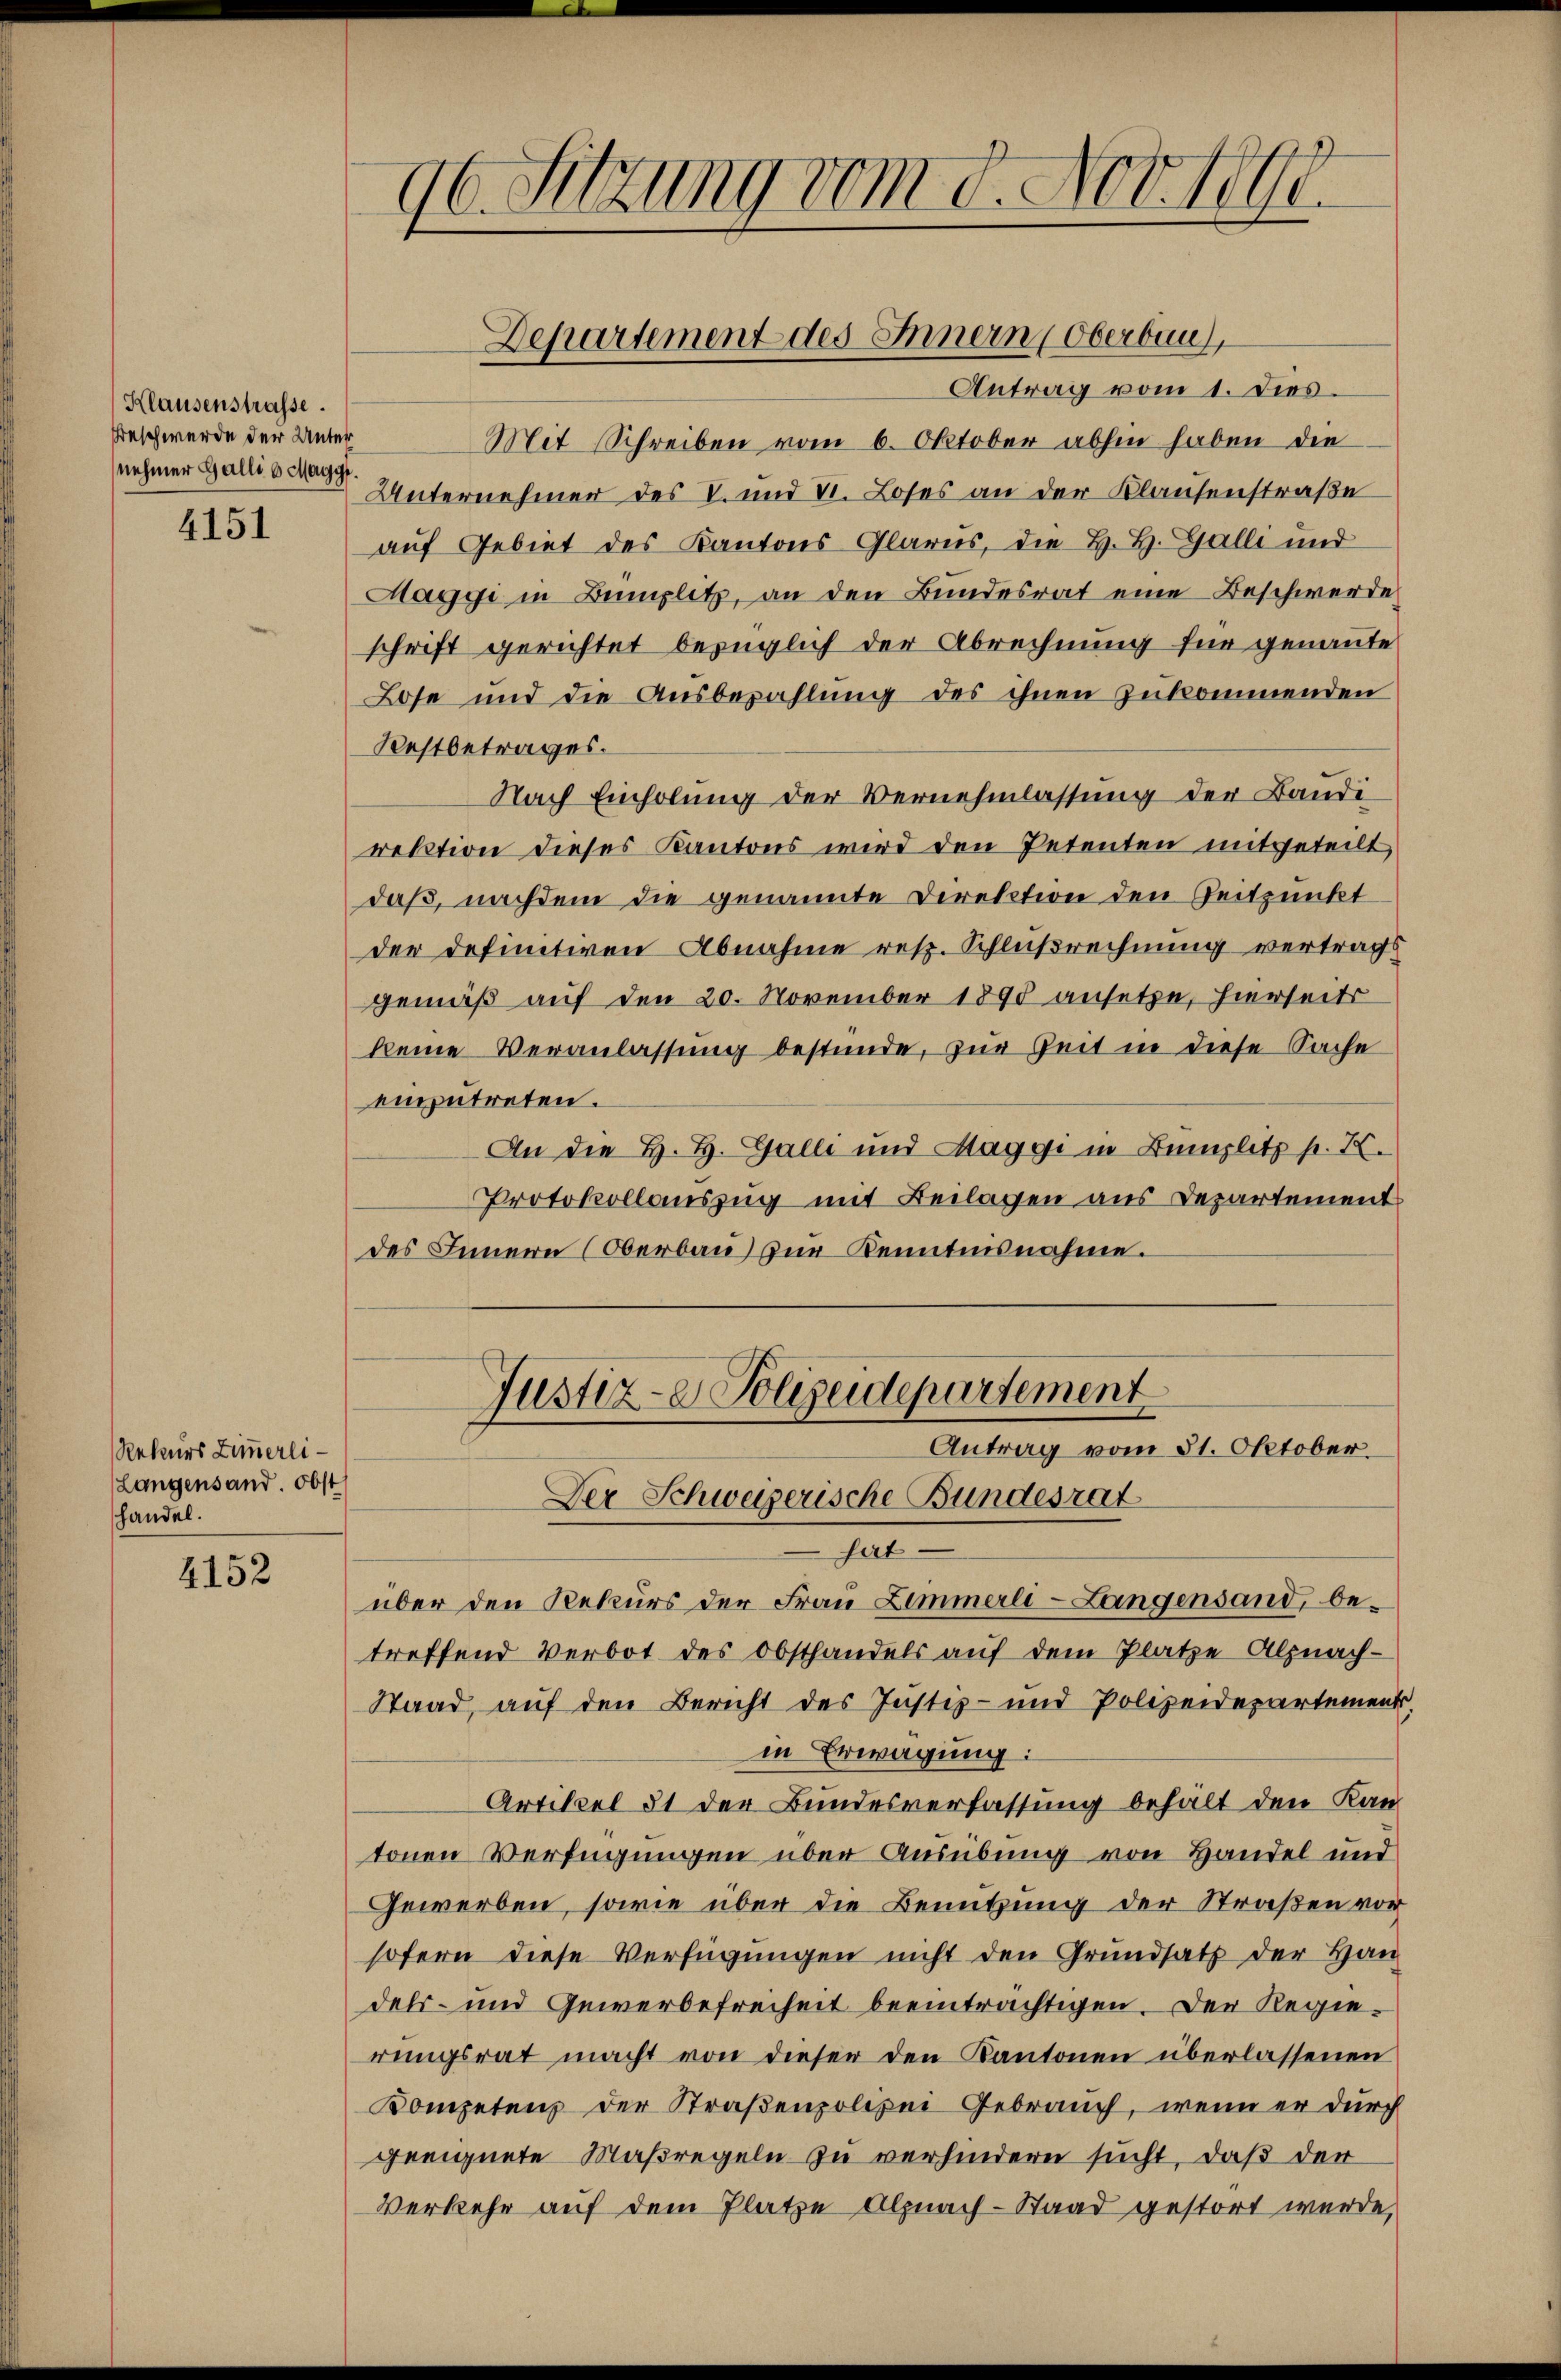
Klausenstrasse.
Beschwerde der Unter
nehmer Gallis Maggi

4151

Rekurs Zimmerli¬
Langensand. Obst
handel.

4152

96. Sitzung vom 8. Nov. 1891.

Antrag vom 1. Dies
Mit Schreiben vom 6. Oktober abhin haben die
Unternehmer des V. und VI. Loses an der Klausenstraße
auf Gebiet des Kantons Glarus, die H. H. Galli und
Maggi in Bumplitz, an den Bundesrat eine Beschwerde
schrift gerichtet bezüglich der Abrechnung für genannte
Lose und die Ausbezahlung des ihnen zukommenden
Kestbetrages.
Nach Einholung der Vernehmlassung der Bandi
rektion dieses Kantons wird den Petenten mitgeteilt,
daß, nachdem die genannte Direktion den Zeitpunkt
der definitiven Abnahme resp. Schlußrechnung vertrags
gemäß auf den 20. November 1890 ansetze, hierseits
keine Veranlassung bestünde, zur Zeit in diese Sache
einzutreten.
An die H. H. Galli und Maggi in Bamplitz p. X.
Protokollauszug mit Beilagen aus Departement
des Innern (Oberbau) zur Kenntnisnahme.

Departement des Innern (Oberbau,

Justiz- Polizeidepartement
Antrag vom 31. Oktober.
Der Schweizerische Bundesrat

hat.
über den Rekurs der Frau Zimmerli-Langensand, betreffend Verbot des Obsthandels auf dem Platze Alpnach-
Staad, auf den Bericht des Justiz- und Polizeidepartement.
in Erwägung:
Artikel 31 der Bundesverfassung behält den Kan
tonen Verfügungen über Ausübung von Handel und
Gewerben, sowie über die Benutzung der Straßen vor
sofern diese Verfügungen nicht den Grundsatz der Hau
dels- und Gewerbefreiheit beeinträchtigen. Der Regierungsrat macht von dieser den Kantonen überlassenen
Kompetens der Straßenpolizei Gebrauch, wenn er durch
geeignete Maßregeln zu verhindern sucht, daß der
Verkehr auf dem Platze Alpnach-Staad gestört wurde,